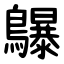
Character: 鸔